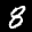
Label: 8